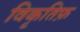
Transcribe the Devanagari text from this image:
विकृतिफ़